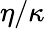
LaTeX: \eta/\kappa